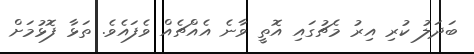
ބަދަލު ކުރި އިރު މެޗުގައި އޮތީ ވާނެ އެއްޗެއް ވެފައެވެ. ތަޅާ ފޮޅުމަށް